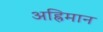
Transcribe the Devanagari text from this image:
अह्रिमान